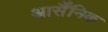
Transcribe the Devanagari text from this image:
आर्सैंनिक